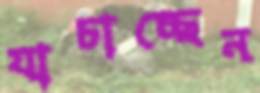
যাচাচ্ছেন